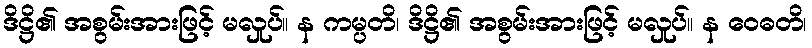
ဒိဋ္ဌိ၏ အစွမ်းအားဖြင့် မလှုပ်။ န ကမ္ပတိ၊ ဒိဋ္ဌိ၏ အစွမ်းအားဖြင့် မလှုပ်။ န ဝေဓတိ၊